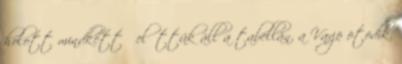
holott mindkettő előttük áll a tabellán, a Vaxjö ötödik.